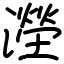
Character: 𣿩